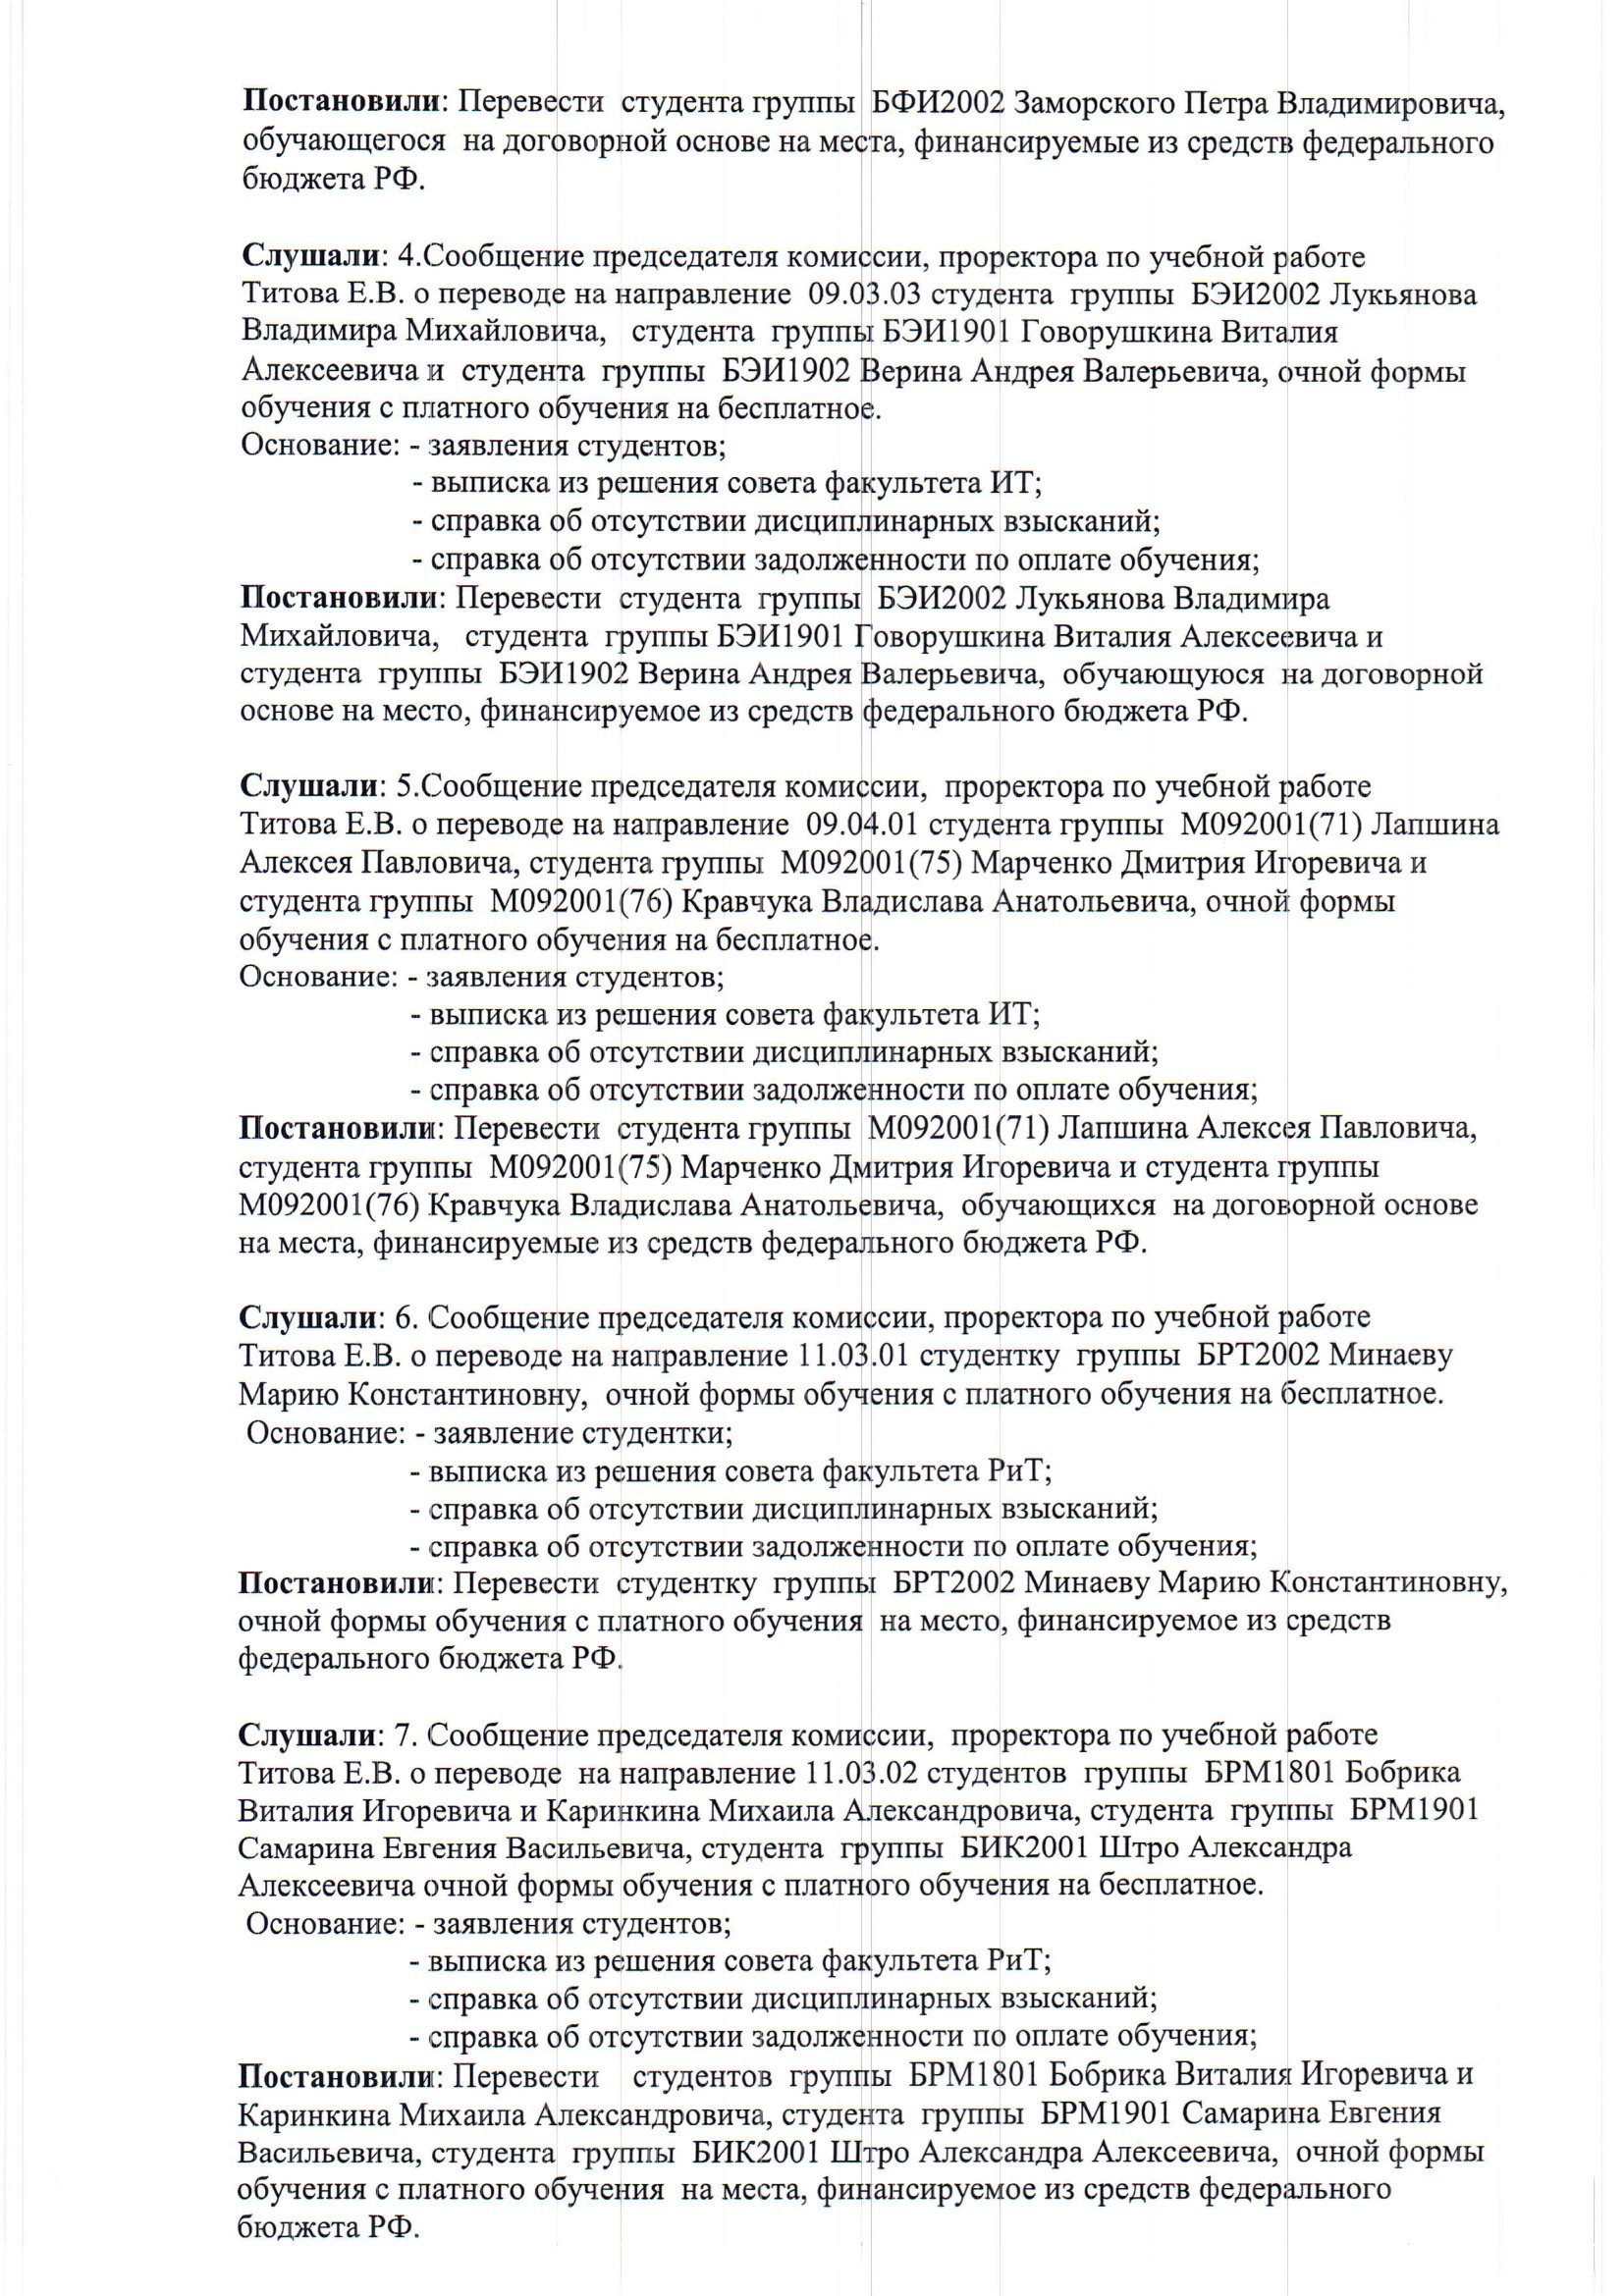
Language: ru